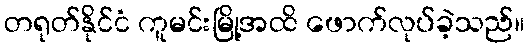
တရုတ်နိုင်ငံ ကူမင်းမြို့အထိ ဖောက်လုပ်ခဲ့သည်။